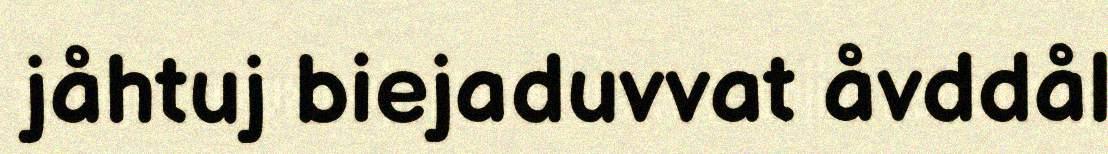
jåhtuj biejaduvvat åvddål